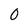
Character: 0